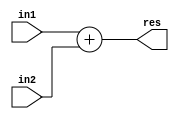
module addr(in1,in2,res);
input [31:0] in1;
input [31:0] in2;
output [31:0] res;
assign res=in1+in2;
endmodule